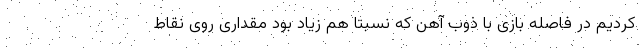
کردیم در فاصله بازی با ذوب آهن که نسبتا هم زیاد بود مقداری روی نقاط